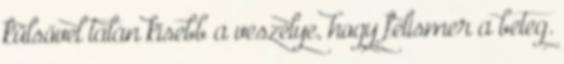
külsővel talán kisebb a veszélye, hogy felismer a beteg.